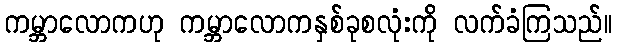
ကမ္ဘာလောကဟု ကမ္ဘာလောကနှစ်ခုစလုံးကို လက်ခံကြသည်။